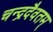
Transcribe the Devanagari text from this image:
चन्द्रदैवतम्